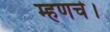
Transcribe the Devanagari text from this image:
म्हणचे।